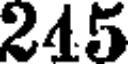
245